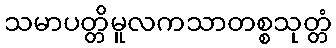
သမာပတ္တိမူလကသာတစ္စသုတ္တံ